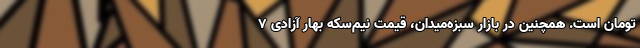
تومان است. همچنین در بازار سبزه‌میدان، قیمت نیم‌سکه بهار آزادی 7